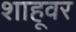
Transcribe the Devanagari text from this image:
शाहूवर